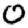
Digit: 0